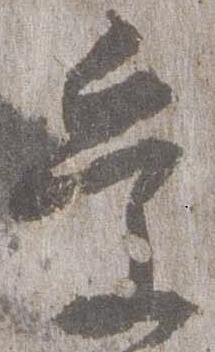
受